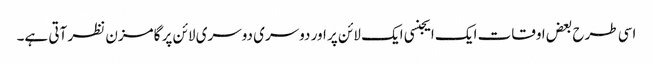
اسی طرح بعض اوقات ایک ایجنسی ایک لائن پر اور دوسری دوسری لائن پر گامزن نظر آتی ہے۔